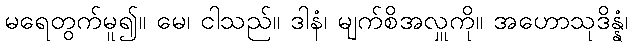
မရေတွက်မူ၍။ မေ၊ ငါသည်။ ဒါနံ၊ မျက်စိအလှူကို။ အဟောသုဒိန္နံ၊